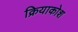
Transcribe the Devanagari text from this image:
क्रियाकोश